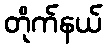
တိုက်နယ်